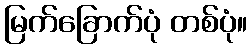
မြက်ခြောက်ပုံ တစ်ပုံ။